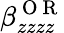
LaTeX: \beta_{zzzz}^{\mathrm{~O~R~}}